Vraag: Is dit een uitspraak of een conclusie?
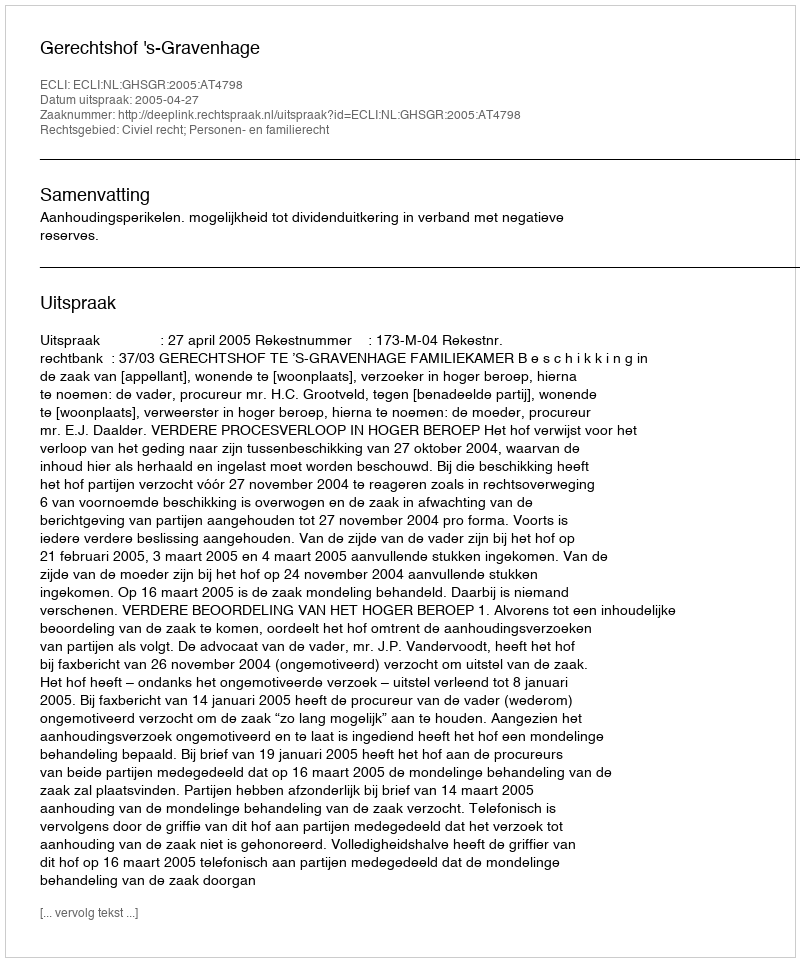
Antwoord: Uitspraak